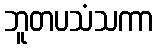
ဘူတပသံသကာ